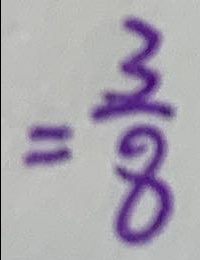
= \frac { 3 } { 8 }